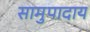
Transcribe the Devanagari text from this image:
सामुपादाय